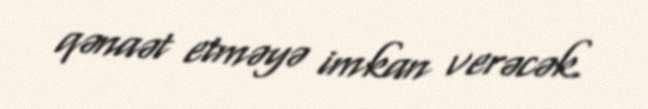
qənaət etməyə imkan verəcək.